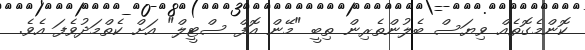
ކޮންމެގޮތެއް ވިޔަސް ބެލުންތެރިން ތިބީ "މޭން އޮފް ސްޓީލް" އަށް ކެތްމަދުވެފަ އެވެ.